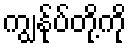
ကျွန်ုပ်တို့ကို